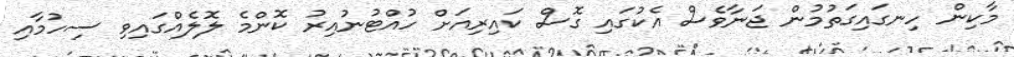
މާކިން ހިނގައިގަތުމުން ޖަނާވެސް އެކުގައި ގޮސް ކައިރިއަށް ހުއްޓުނުއިރު ކޮންމެ ލޮލެއްގައިވި ސިހުމާއި